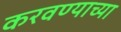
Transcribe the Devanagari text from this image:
करवण्याच्या